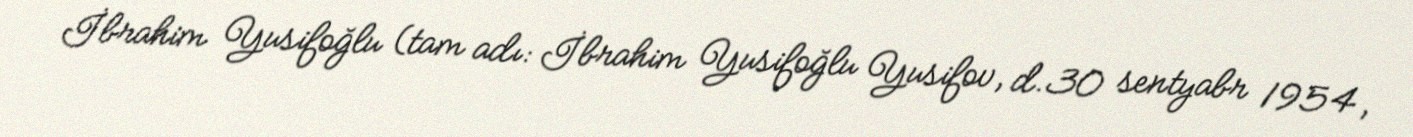
İbrahim Yusifoğlu (tam adı: İbrahim Yusifoğlu Yusifov, d.30 sentyabr 1954,